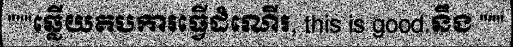
"""ឆ្លើយតបការធ្វើដំណើរ, this is good.នឹង """